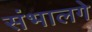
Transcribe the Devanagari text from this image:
संभालगे